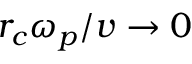
r _ { c } \omega _ { p } / v \rightarrow 0